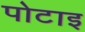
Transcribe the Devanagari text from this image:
पोटाइ